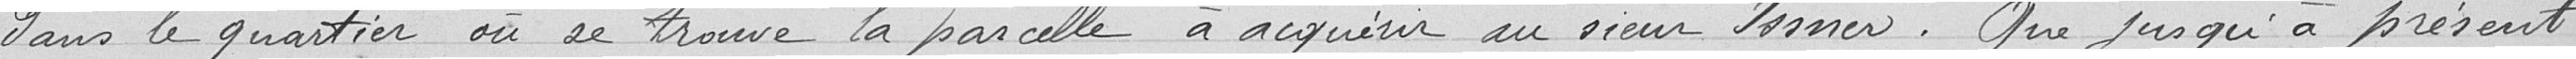
dans le quartier où se trouve la parcelle à acquérir au sieur Josner. Que jusqu'à présent